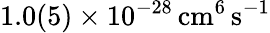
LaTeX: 1.0(5)\times 10^{-28}\, \mathrm{cm}^{6}\, \mathrm{s}^{-1}